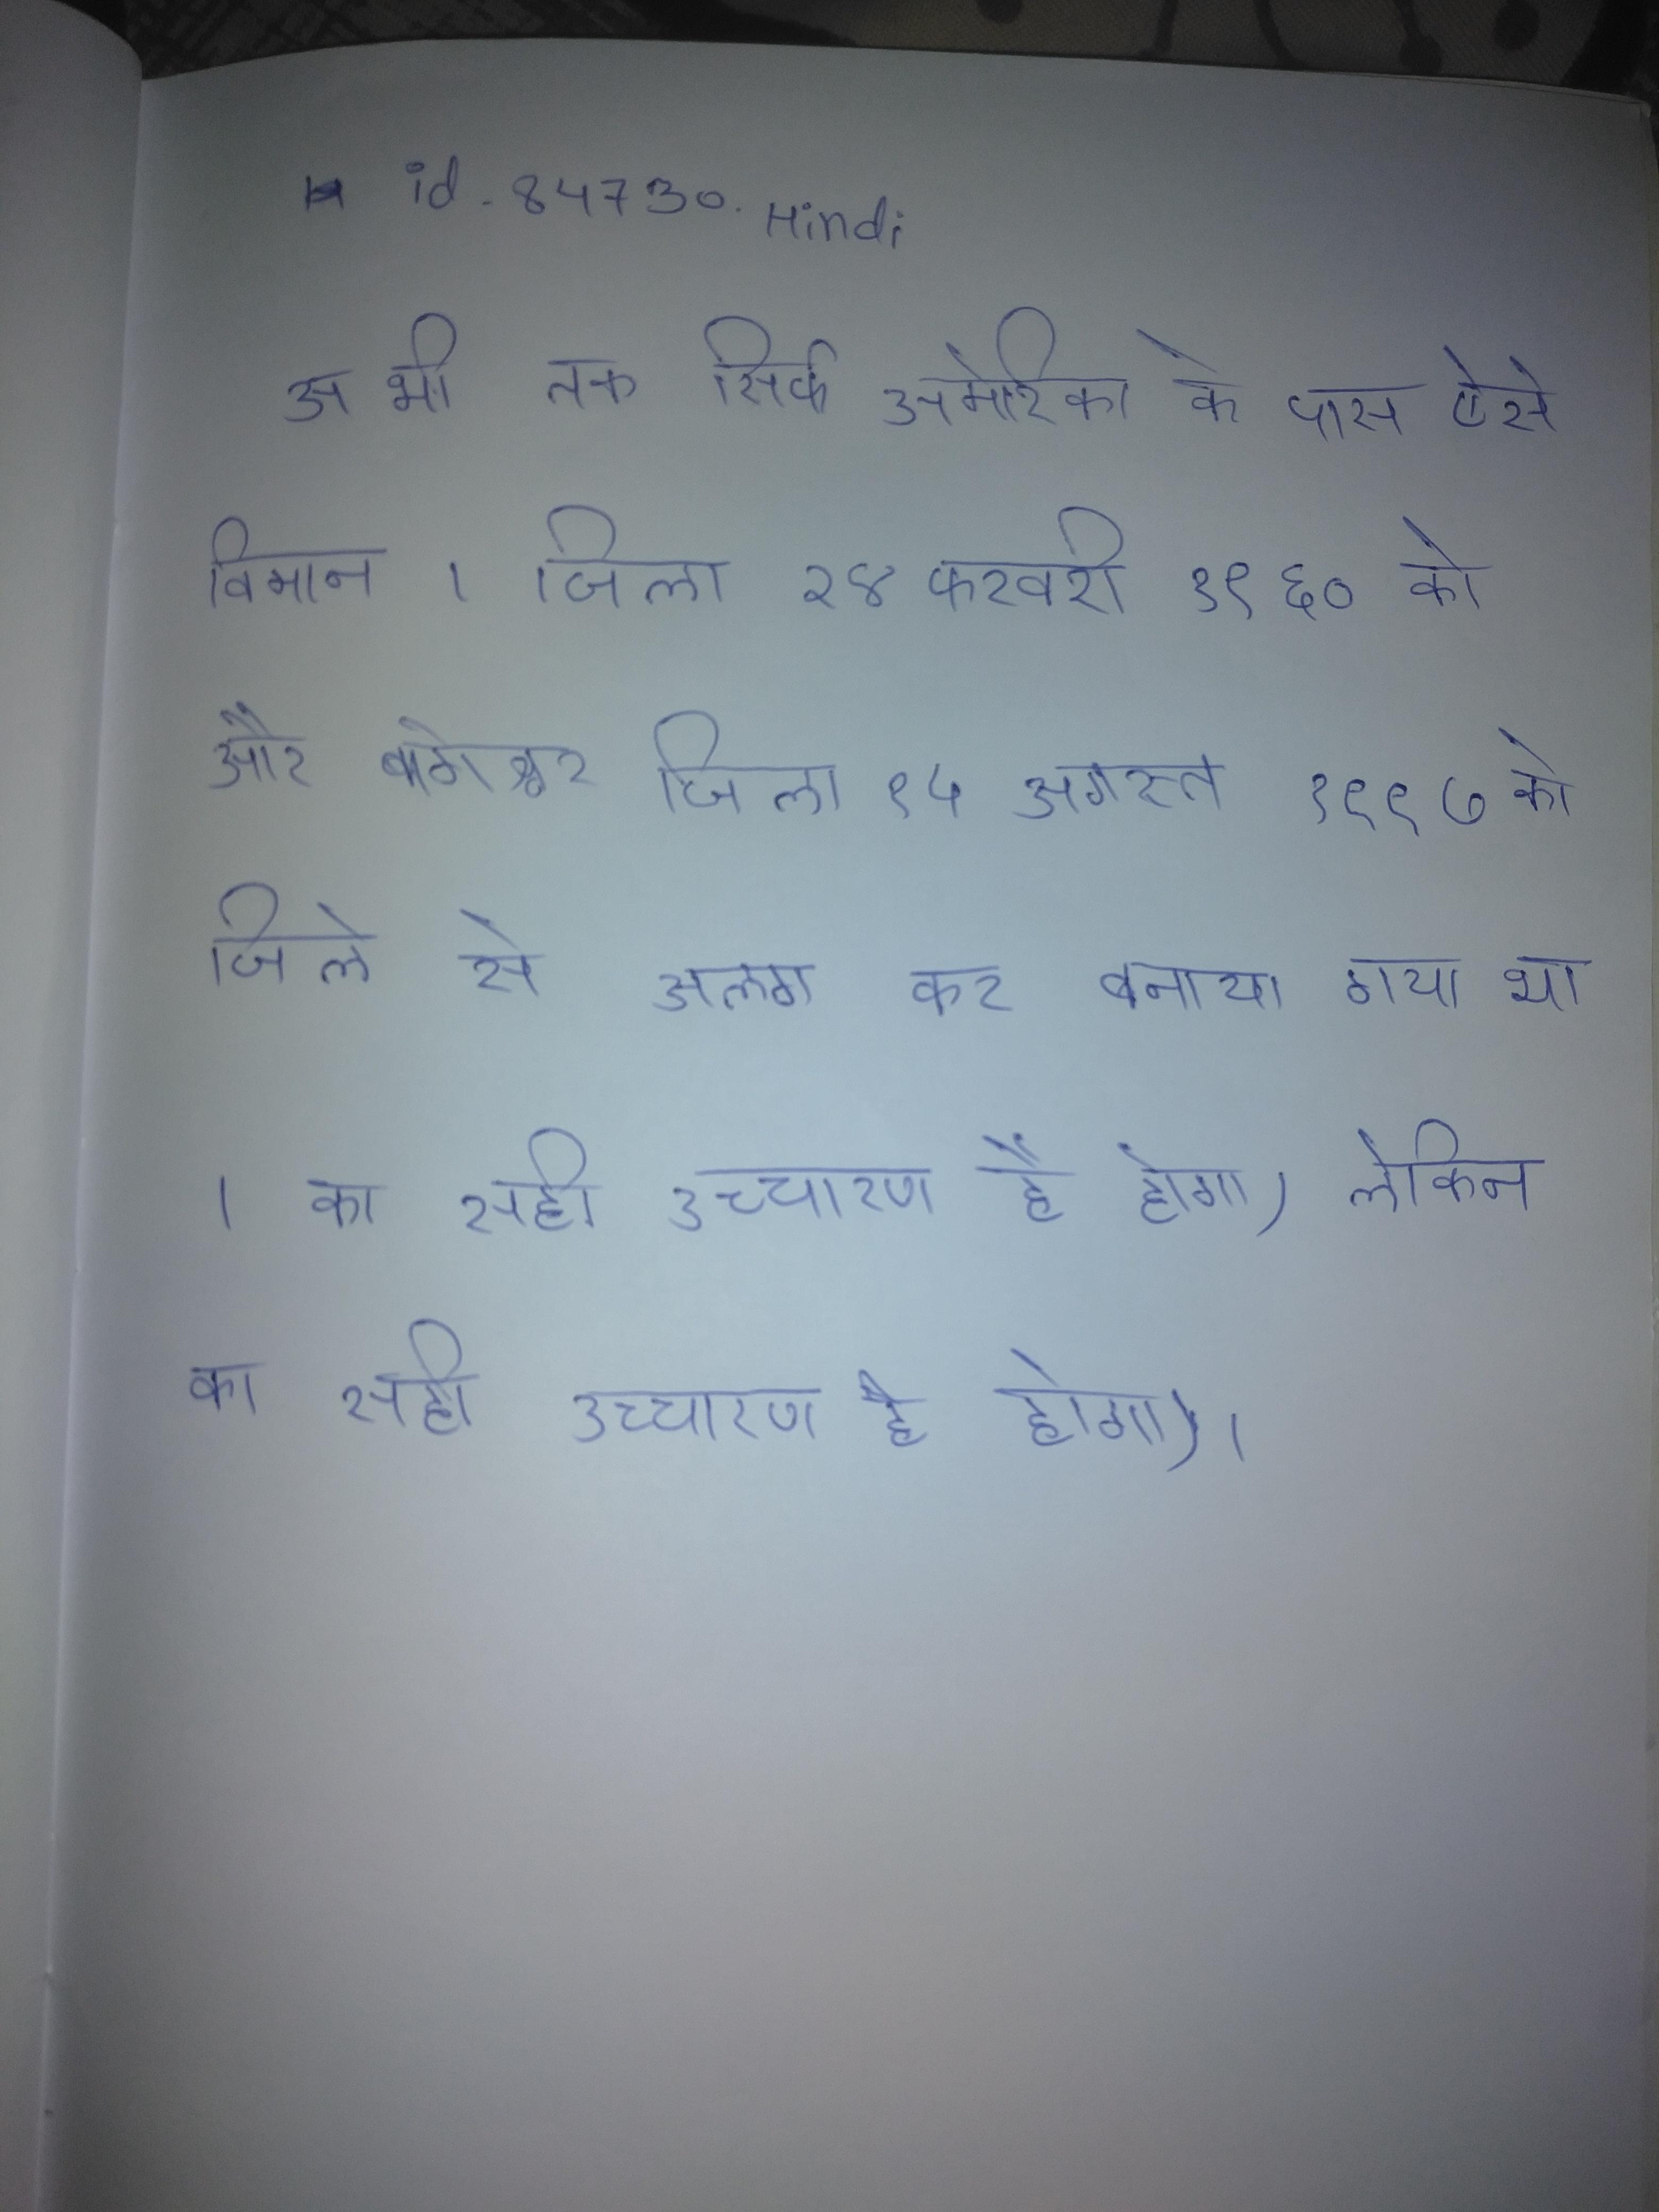
अभी तक सिर्फ अमेरिका के पास ऐसे विमान । जिला २४ फरवरी १९६० को, और बागेश्वर जिला १५ अगस्त १९९७ को जिले से अलग कर बनाया गया था । का सही उच्चारण है होगा) लेकिन का सही उच्चारण है होगा) ।